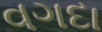
વગદા